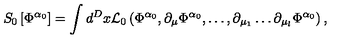
S _ { 0 } \left[ \Phi ^ { \alpha _ { 0 } } \right] = \int d ^ { D } x { \cal L } _ { 0 } \left( \Phi ^ { \alpha _ { 0 } } , \partial _ { \mu } \Phi ^ { \alpha _ { 0 } } , \ldots , \partial _ { \mu _ { 1 } } \ldots \partial _ { \mu _ { l } } \Phi ^ { \alpha _ { 0 } } \right) ,